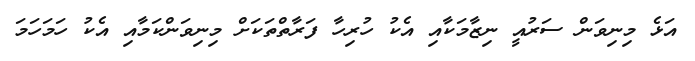
އަޅެ މިނިވަން ސަރުއީ ނިޒާމަކާއި އެކު ހުރިހާ ފަރާތްތަކަށް މިނިވަންކަމާއި އެކު ހަމަހަމަ